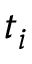
t _ { i }